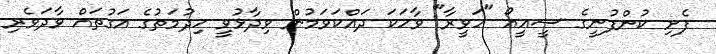
ފެށި ކުންފުނީގެ ސީއީއޯ "ހަވީރާ" ވާހަކަ ދައްކަވަމުން ވިދާޅުވީ ހިދުމަތުގެ އަގުތައް ވާދަވެރި